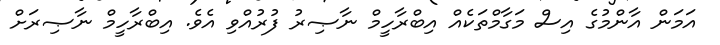
އަމަން އާންމުގެ އިސް މަގާމްތަކެއް އިބްރާހީމް ނާޞިރު ފުރުއްވި އެވެ. އިބްރާހީމް ނާޞިރަށް